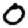
Digit: 0